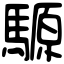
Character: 騵